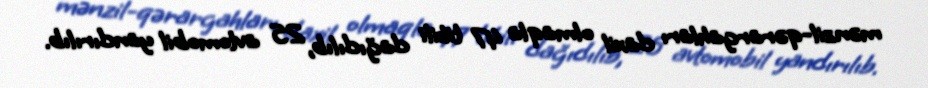
mənzil-qərargahları daxil olmaqla 47 tikili dağıdılıb, 25 avtomobil yandırılıb.